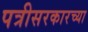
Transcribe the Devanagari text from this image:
पत्रीसरकारच्या